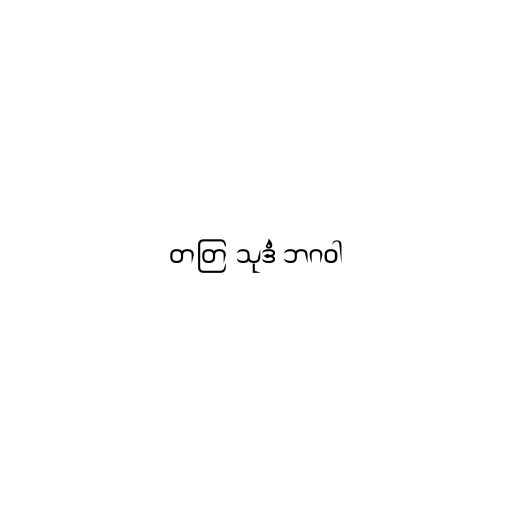
တတြ သုဒံ ဘဂဝါ